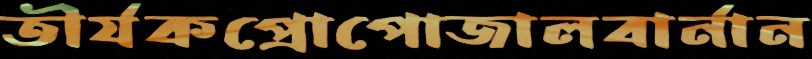
তীর্যকপ্রোপোজালবার্নান